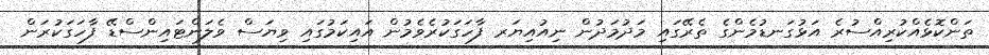
ތަންކޮޅެއްކުރިއްސުރެ އަޅުގަނޑުމެންގެ ތެރޭގައި މަދުމަދުން ނިއުއިޔަރ ފާހަގަކުރެވެމުން އައިކަމުގައި ވިޔަސް ވެލަންޓައިންސްޑޭ ފާހަގަކުރަން